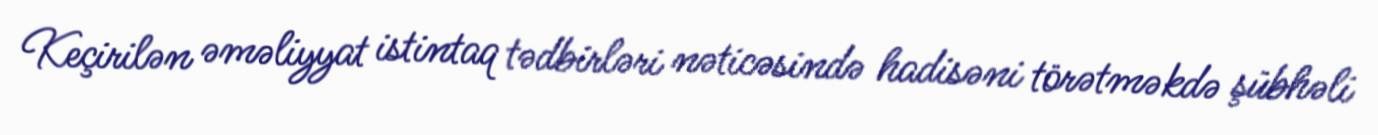
Keçirilən əməliyyat istintaq tədbirləri nəticəsində hadisəni törətməkdə şübhəli